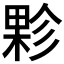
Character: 𭪻